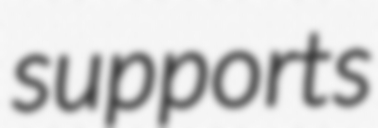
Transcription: supports